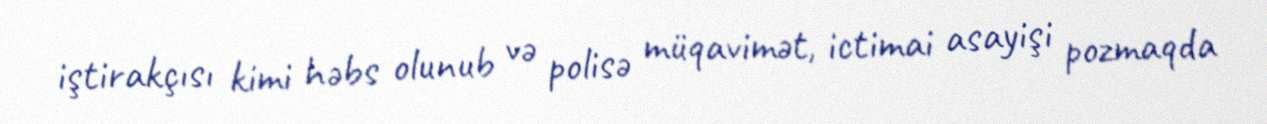
iştirakçısı kimi həbs olunub və polisə müqavimət, ictimai asayişi pozmaqda